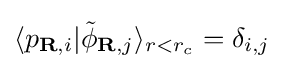
\langle p_{\mathbf {R} ,i}|{\tilde {\phi }}_{\mathbf {R} ,j}\rangle _{r<r_{c}}=\delta _{i,j}